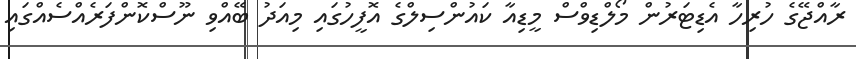
ރާއްޖޭގެ ހުރިހާ އެޑިޓަރުން މޯލްޑިވްސް މީޑިއާ ކައުންސިލްގެ އޮފީހުގައި މިއަދު ބޭއްވި ނޫސްކޮންފަރެއްސެއްގައި